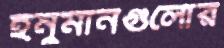
হনুমানগুলোর